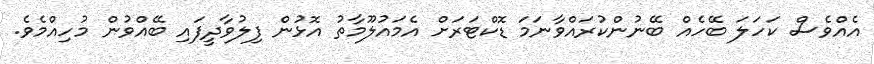
އެއްވެސް ކަހަލަ ބޭހެއް ބޭނުންކުރައްވާނަމަ ޑޮކްޓަރަށް އެމައުލޫމާތު އޮޅުން ފިލުވާދީފައި ބޭއްވުން މުހިއްމެވެ.